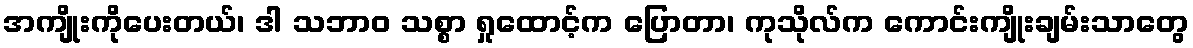
အကျိုးကိုပေးတယ်၊ ဒါ သဘာဝ သစ္စာ ရှုထောင့်က ပြောတာ၊ ကုသိုလ်က ကောင်းကျိုးချမ်းသာတွေ